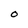
Character: O